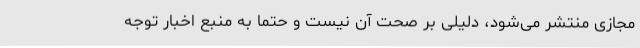
مجازی منتشر می‌شود، دلیلی بر صحت آن نیست و حتما به منبع اخبار توجه